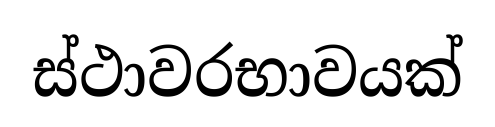
ස්ථාවරභාවයක්